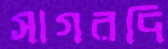
সাগরদি